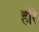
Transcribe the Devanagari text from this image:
हरि